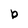
Character: b